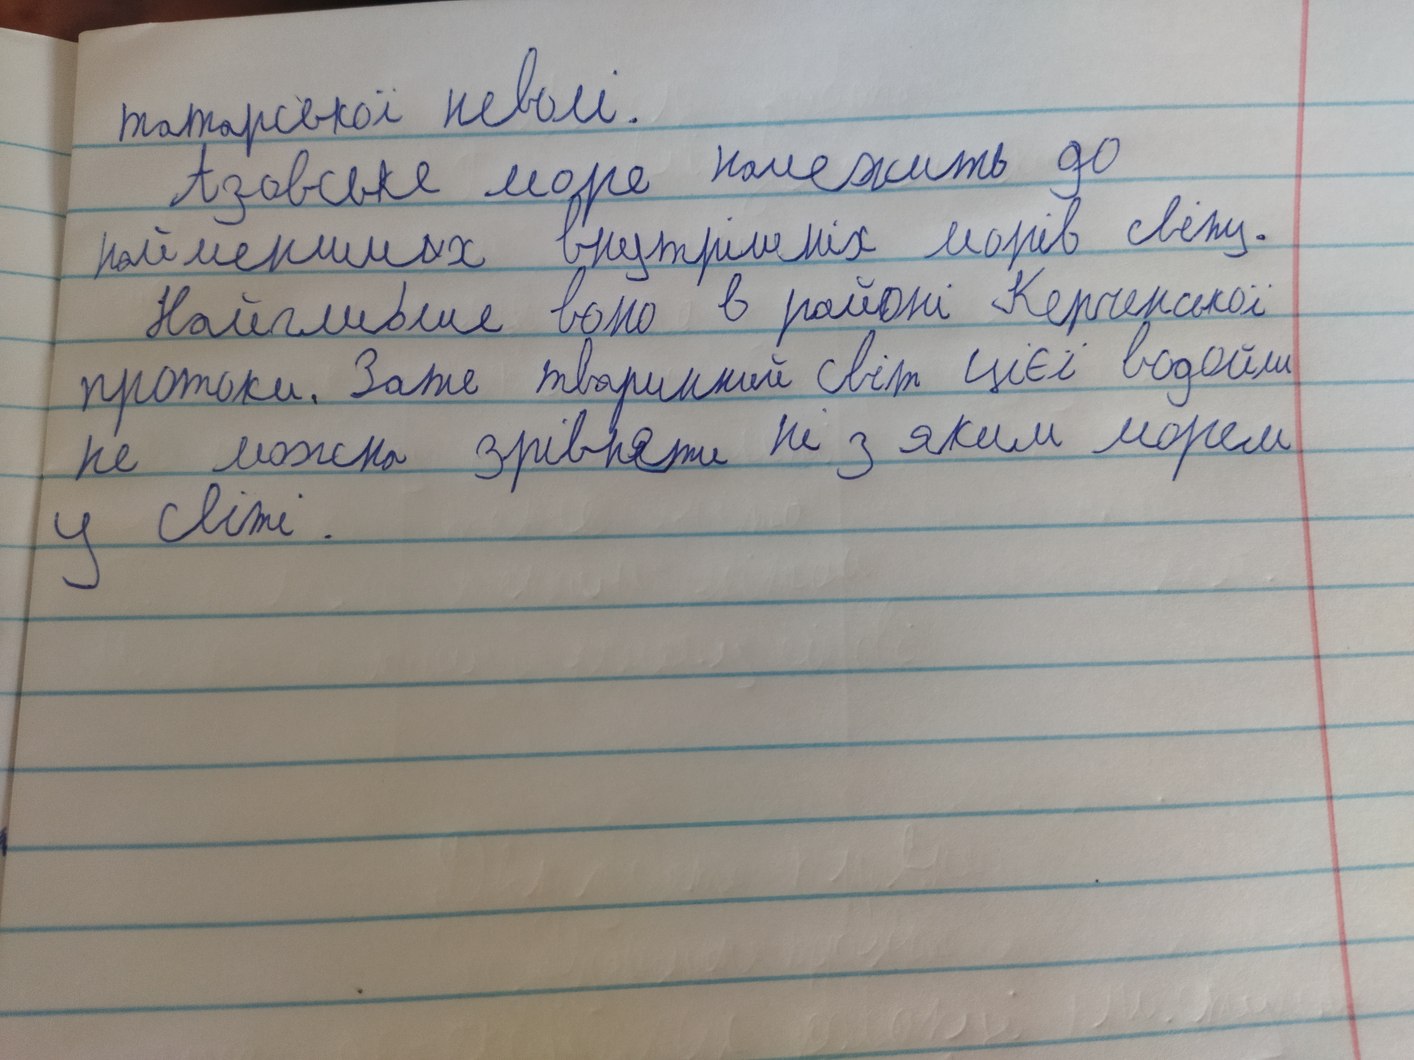
татарської неволі.
Азовське море належить до
найменших внутрішніх морів світу.
Найглибше воно в районі Керченської
протоки. Зате тваринний світ цієї водойми
не можа зрівняти не з яким морем
y світі .